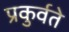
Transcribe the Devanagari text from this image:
प्रकुर्वते